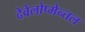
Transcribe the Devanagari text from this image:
देवेलोप्मेन्तल